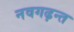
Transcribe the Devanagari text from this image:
नवगढ़न्त